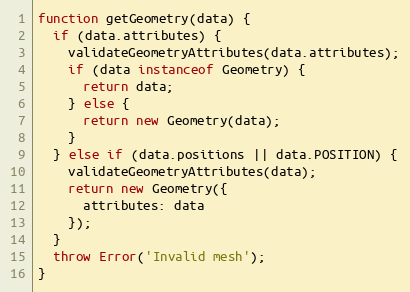
Language: JavaScript
function getGeometry(data) {
  if (data.attributes) {
    validateGeometryAttributes(data.attributes);
    if (data instanceof Geometry) {
      return data;
    } else {
      return new Geometry(data);
    }
  } else if (data.positions || data.POSITION) {
    validateGeometryAttributes(data);
    return new Geometry({
      attributes: data
    });
  }
  throw Error('Invalid mesh');
}